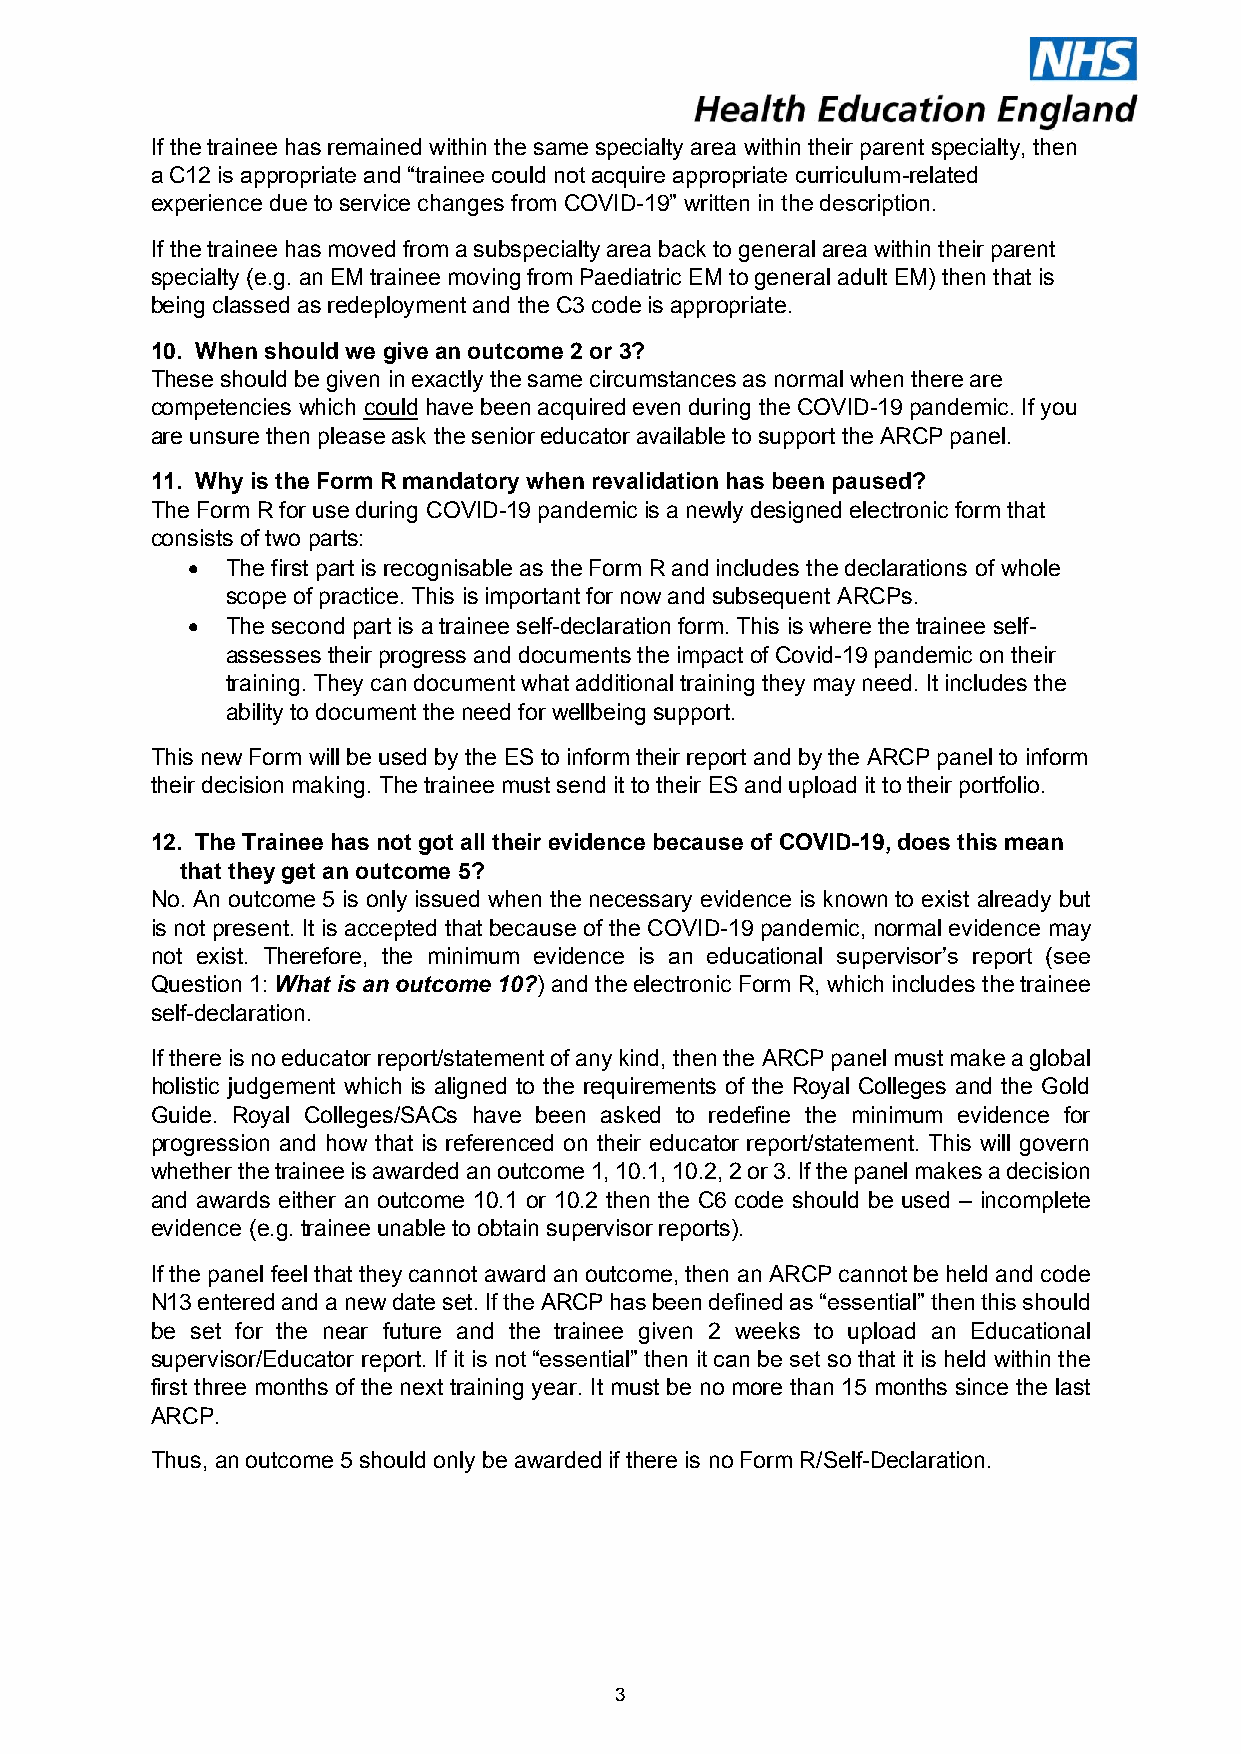
If the trainee has remained within the same specialty area within their parent specialty, then
 a C12 is appropriate and “trainee could not acquire appropriate curriculum-related
 experience due to service changes from COVID-19” written in the description.
 If the trainee has moved from a subspecialty area back to general area within their parent
 specialty (e.g. an EM trainee moving from Paediatric EM to general adult EM) then that is
 being classed as redeployment and the C3 code is appropriate.
 10. When should we give an outcome 2 or 3?
 These should be given in exactly the same circumstances as normal when there are
 competencies which could have been acquired even during the COVID-19 pandemic. If you
 are unsure then please ask the senior educator available to support the ARCP panel.
 11. Why is the Form R mandatory when revalidation has been paused?
 The Form R for use during COVID-19 pandemic is a newly designed electronic form that
 consists of two parts:
 •  The first part is recognisable as the Form R and includes the declarations of whole
 scope of practice. This is important for now and subsequent ARCPs.
 •  The second part is a trainee self-declaration form. This is where the trainee self-
 assesses their progress and documents the impact of Covid-19 pandemic on their
 training. They can document what additional training they may need. It includes the
 ability to document the need for wellbeing support.
 This new Form will be used by the ES to inform their report and by the ARCP panel to inform
 their decision making. The trainee must send it to their ES and upload it to their portfolio.
 12. The Trainee has not got all their evidence because of COVID-19, does this mean
 that they get an outcome 5?
 No. An outcome 5 is only issued when the necessary evidence is known to exist already but
 is not present. It is accepted that because of the COVID-19 pandemic, normal evidence may
 not exist. Therefore, the minimum evidence is an educational supervisor’s report (see
 Question 1: What is an outcome 10?) and the electronic Form R, which includes the trainee
 self-declaration.
 If there is no educator report/statement of any kind, then the ARCP panel must make a global
 holistic judgement which is aligned to the requirements of the Royal Colleges and the Gold
 Guide. Royal Colleges/SACs have been asked to redefine the minimum evidence for
 progression and how that is referenced on their educator report/statement. This will govern
 whether the trainee is awarded an outcome 1, 10.1, 10.2, 2 or 3. If the panel makes a decision
 and awards either an outcome 10.1 or 10.2 then the C6 code should be used – incomplete
 evidence (e.g. trainee unable to obtain supervisor reports).
 If the panel feel that they cannot award an outcome, then an ARCP cannot be held and code
 N13 entered and a new date set. If the ARCP has been defined as “essential” then this should
 be set for the near future and the trainee given 2 weeks to upload an Educational
 supervisor/Educator report. If it is not “essential” then it can be set so that it is held within the
 first three months of the next training year. It must be no more than 15 months since the last
 ARCP.
 Thus, an outcome 5 should only be awarded if there is no Form R/Self-Declaration.
 3